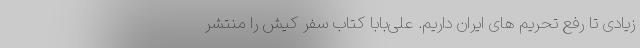
زیادی تا رفع تحریم های ایران داریم. علی‌بابا کتاب سفر کیش را منتشر